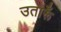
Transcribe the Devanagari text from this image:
उतारूँ